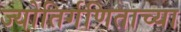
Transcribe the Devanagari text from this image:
ज्योतिर्गणिताच्या